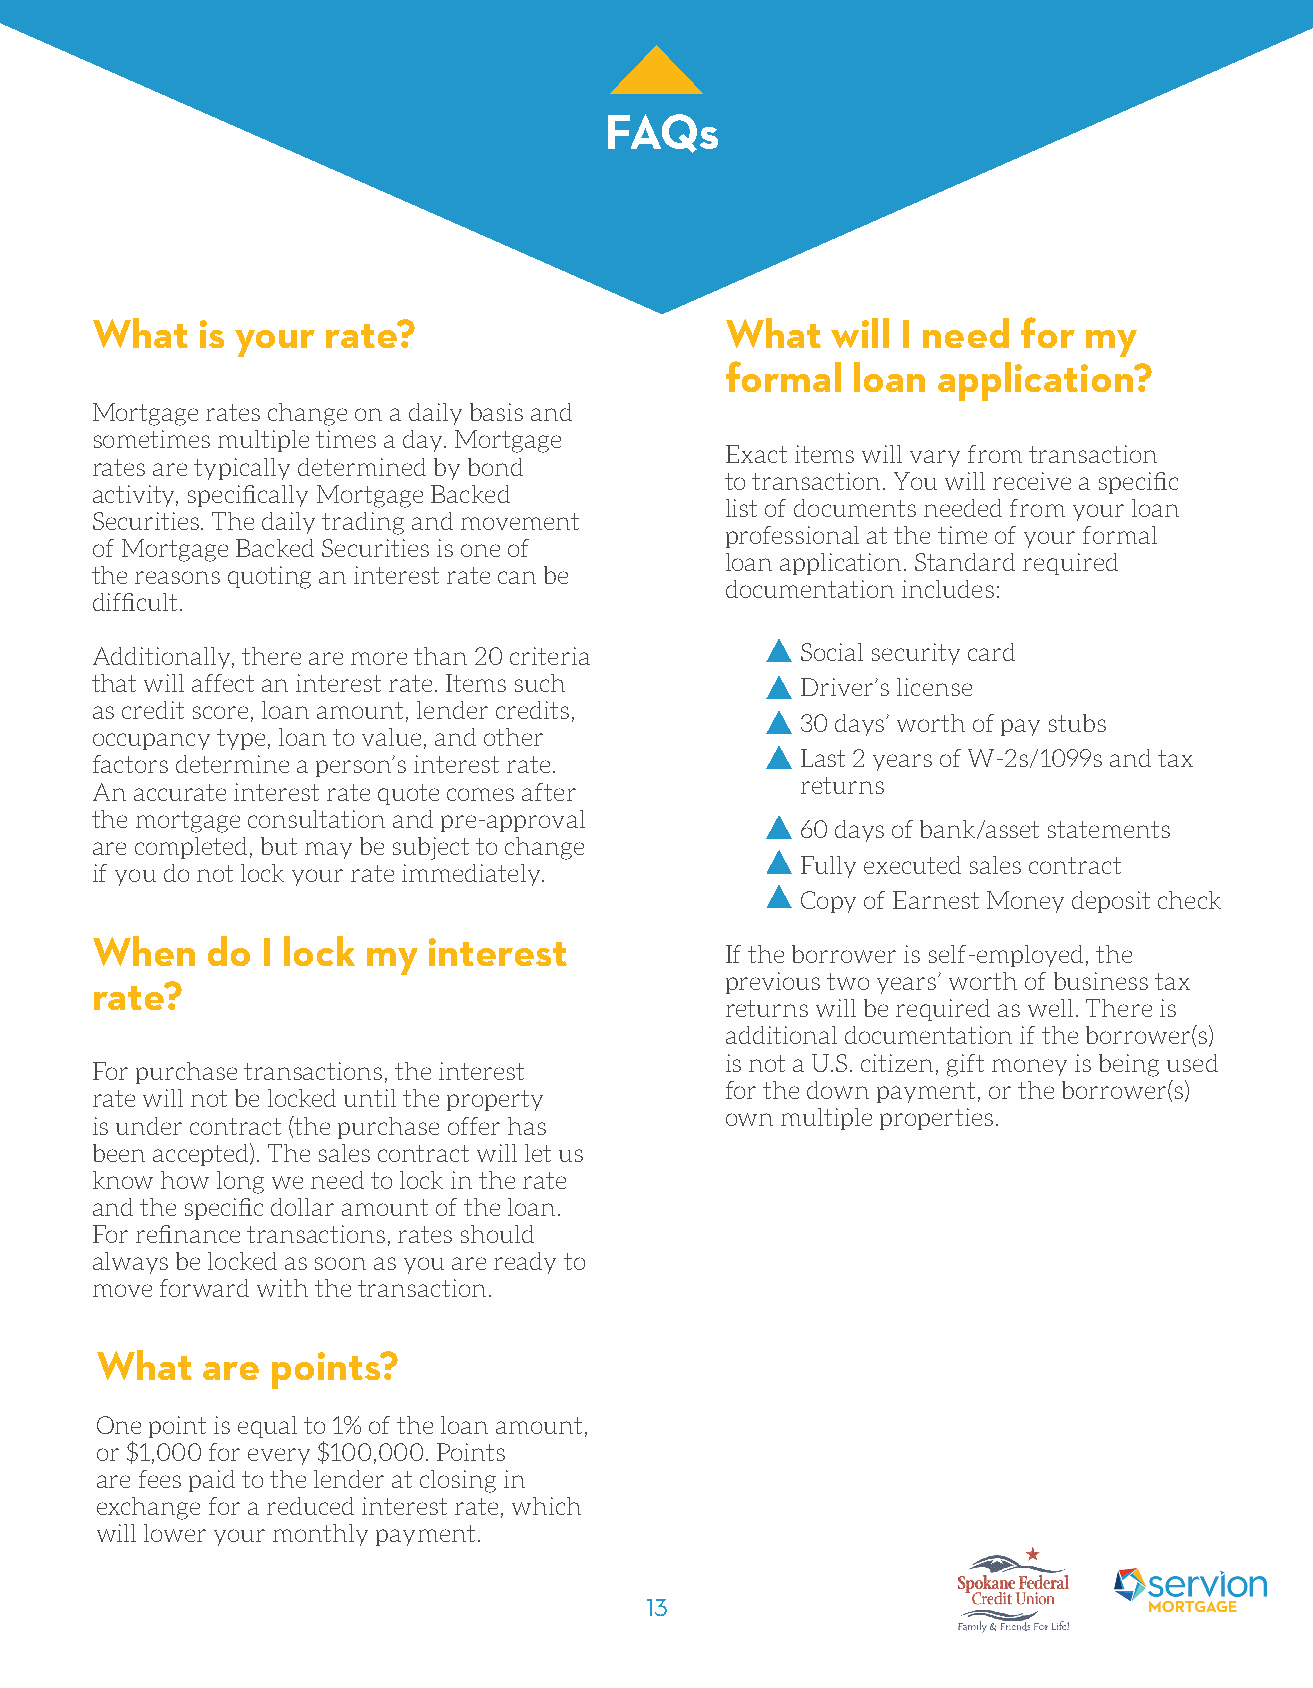
FAQs
 What   is your rate?                      What   will I need  for my
 formal  loan  application?
 Mortgage rates change on a daily basis and
 sometimes multiple times a day. Mortgage
 Exact items will vary from transaction
 rates are typically determined by bond
 to transaction. You will receive a specific
 activity, specifically Mortgage Backed
 list of documents needed from your loan
 Securities. The daily trading and movement
 professional at the time of your formal
 of Mortgage Backed Securities is one of
 loan application. Standard required
 the reasons quoting an interest rate can be
 documentation includes:
 difficult.
 Additionally, there are more than 20 criteria  Social security card
 that will affect an interest rate. Items such  Driver’s license
 as credit score, loan amount, lender credits,
 30 days’ worth of pay stubs
 occupancy type, loan to value, and other
 factors determine a person’s interest rate.    Last 2 years of W-2s/1099s and tax
 An accurate interest rate quote comes after    returns
 the mortgage consultation and pre-approval
 60 days of bank/asset statements
 are completed, but may be subject to change
 Fully executed sales contract
 if you do not lock your rate immediately.
 Copy of Earnest Money deposit check
 When    do I lock my  interest
 If the borrower is self-employed, the
 previous two years’ worth of business tax
 rate?
 returns will be required as well. There is
 additional documentation if the borrower(s)
 is not a U.S. citizen, gift money is being used
 For purchase transactions, the interest
 for the down payment, or the borrower(s)
 rate will not be locked until the property
 own multiple properties.
 is under contract (the purchase offer has
 been accepted). The sales contract will let us
 know how long we need to lock in the rate
 and the specific dollar amount of the loan.
 For refinance transactions, rates should
 always be locked as soon as you are ready to
 move forward with the transaction.
 What   are  points?
 One point is equal to 1% of the loan amount,
 or $1,000 for every $100,000. Points
 are fees paid to the lender at closing in
 exchange for a reduced interest rate, which
 will lower your monthly payment.
 13